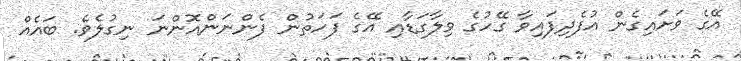
އޭގެ ވަށައިގެން އުފެދިފައިވާ ގޭހުގެ ވިލާގަޑާއި އޭގެ ފަހަތުން ފެންނަންއޮންނަ ނިގުލެވެ. ބައެއް